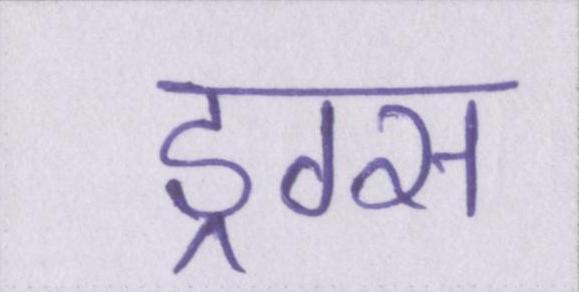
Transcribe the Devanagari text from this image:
ड्रग्स